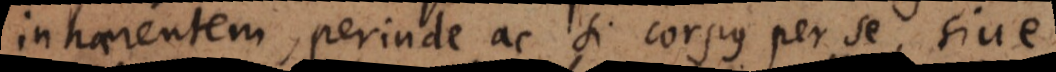
inhaerentem, perinde ac si corpus per se, sive